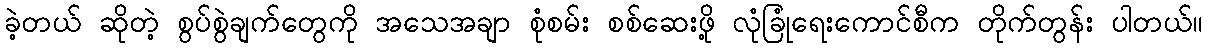
ခဲ့တယ် ဆိုတဲ့ စွပ်စွဲချက်တွေကို အသေအချာ စုံစမ်း စစ်ဆေးဖို့ လုံခြုံရေးကောင်စီက တိုက်တွန်း ပါတယ်။